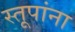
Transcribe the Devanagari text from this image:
स्तूपांना